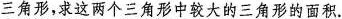
三角形，求这两个三角形中较大的三角形的面积。